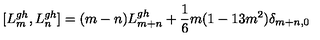
[ L _ { m } ^ { g h } , L _ { n } ^ { g h } ] = ( m - n ) L _ { m + n } ^ { g h } + \frac { 1 } { 6 } m ( 1 - 1 3 m ^ { 2 } ) \delta _ { m + n , 0 }